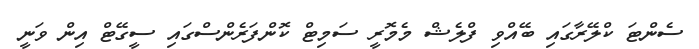
ސެންޓަ ކްލޭރާގައި ބޭއްވި ފްލެޝް މެމޮރީ ސަމިޓް ކޮންފަރެންސްގައި ސީގޭޓް އިން ވަނީ